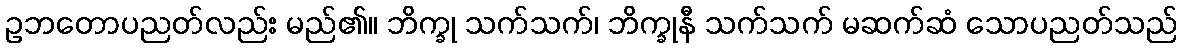
ဥဘတောပညတ်လည်း မည်၏။ ဘိက္ခု သက်သက်၊ ဘိက္ခုနီ သက်သက် မဆက်ဆံ သောပညတ်သည်